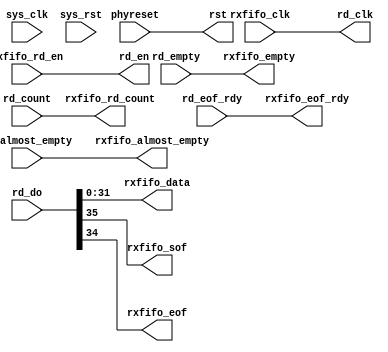
// rxll_ctrl.v --- 
// 
// Description: 
// Maintainer: 
// Version: 
// Last-Updated: 
//           By: 
//     Update #: 0
// URL: 
// Keywords: 
// Compatibility: 
// 
// 

// Commentary: 
// 
// 
// 
// 

// Change log:
// 
// 
// 

// Copyright (C) 2008,2009 Beijing Soul tech.
// -------------------------------------
// Naming Conventions:
// 	active low signals                 : "*_n"
// 	clock signals                      : "clk", "clk_div#", "clk_#x"
// 	reset signals                      : "rst", "rst_n"
// 	generics                           : "C_*"
// 	user defined types                 : "*_TYPE"
// 	state machine next state           : "*_ns"
// 	state machine current state        : "*_cs"
// 	combinatorial signals              : "*_com"
// 	pipelined or register delay signals: "*_d#"
// 	counter signals                    : "*cnt*"
// 	clock enable signals               : "*_ce"
// 	internal version of output port    : "*_i"
// 	device pins                        : "*_pin"
// 	ports                              : - Names begin with Uppercase
// Code:
module rxll_ctrl (/*AUTOARG*/
   // Outputs
   rd_clk, rst, rd_en, rxfifo_data, rxfifo_sof, rxfifo_eof,
   rxfifo_rd_count, rxfifo_empty, rxfifo_almost_empty, rxfifo_eof_rdy,
   // Inputs
   sys_clk, sys_rst, phyreset, rd_almost_empty, rd_count, rd_do,
   rd_empty, rd_eof_rdy, rxfifo_rd_en, rxfifo_clk
   );
   input sys_clk;
   input sys_rst;
   input phyreset;
   
   output rd_clk;
   output rst;
   input  rd_almost_empty;
   input [9:0] rd_count;
   input [35:0] rd_do;
   input 	rd_empty;
   output 	rd_en;
   input 	rd_eof_rdy;
   
   output [31:0] rxfifo_data;
   input 	 rxfifo_rd_en;
   output 	 rxfifo_sof;
   output 	 rxfifo_eof;
   output [9:0]  rxfifo_rd_count;
   output 	 rxfifo_empty;
   output 	 rxfifo_almost_empty;
   output 	 rxfifo_eof_rdy;
   input 	 rxfifo_clk;
   
   assign rxfifo_data     = rd_do[31:0];
   assign rxfifo_rd_count = rd_count;
   assign rxfifo_sof      = rd_do[35];
   assign rxfifo_eof      = rd_do[34];
   assign rxfifo_empty    = rd_empty;
   assign rxfifo_almost_empty = rd_almost_empty;
   assign rxfifo_eof_rdy  = rd_eof_rdy;
   
   assign rd_en           = rxfifo_rd_en;
   assign rst             = phyreset;
   assign rd_clk          = rxfifo_clk;
endmodule
// 
// rxll_ctrl.v ends here